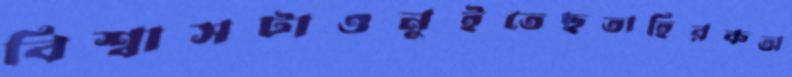
বিশ্বাসটাওনুইতেছতাহিরকঅ